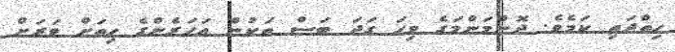
ހިތްދަތި ކަމެވެ. ދޮންމަންމަގެ ވިހަ ގަދަ ބަސް ތަކުން އަހަރެންގެ ހިތަށް ވަރަށް